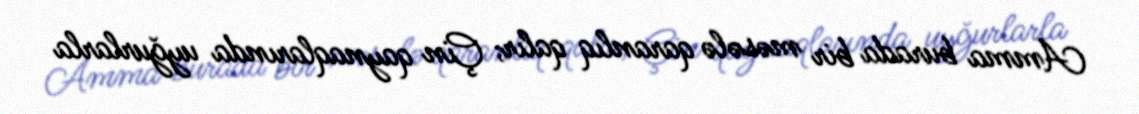
Amma burada bir məsələ qaranlıq qalır; Çin qaynaqlarında uyğurlarla